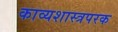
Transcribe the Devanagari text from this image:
काव्यशास्त्रपरक